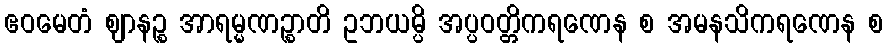
ဧဝမေတံ ဈာနဉ္စ အာရမ္မဏဉ္စာတိ ဥဘယမ္ပိ အပ္ပဝတ္တိကရဏေန စ အမနသိကရဏေန စ